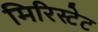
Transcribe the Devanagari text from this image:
मिरिस्टेट